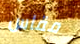
مقاس